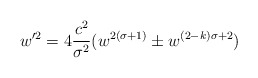
\begin{align*}w'^2 = 4 {{c^2} \over {\sigma^2}} (w^{2 (\sigma+1)} \pm w^{(2 - k) \sigma + 2})\end{align*}